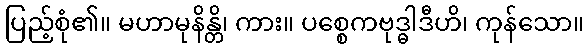
ပြည့်စုံ၏။ မဟာမုနိန္တိ၊ ကား။ ပစ္စေကဗုဒ္ဓါဒီဟိ၊ ကုန်သော။